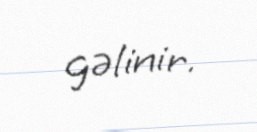
gəlinir.